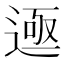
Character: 𬨲